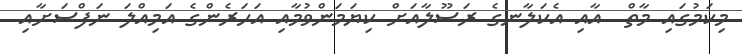
މިކަމުގައި މާތް  އާއި އެކަލާނގެ ރަސޫލާއަށް ކިޔަމަންވުމާއި އަހަރެންގެ އަމިއްލަ ނަފްސަށާއި